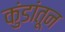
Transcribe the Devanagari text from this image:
कुंडांतून